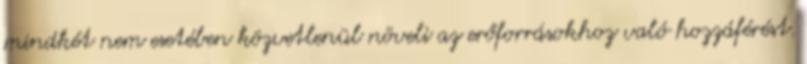
mindkét nem esetében közvetlenül növeli az erőforrásokhoz való hozzáférést.